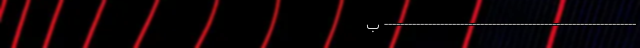
--------------------------------------------------------------- ب